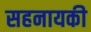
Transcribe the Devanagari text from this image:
सहनायकी